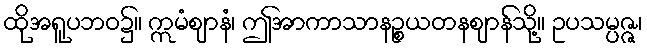
ထိုအရူပဘဝ၌။ ဣမံဈာနံ၊ ဤအာကာသာနဉ္စယတနဈာန်သို့။ ဥပသမ္ပဇ္ဇ၊